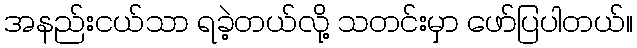
အနည်းငယ်သာ ရခဲ့တယ်လို့ သတင်းမှာ ဖော်ပြပါတယ်။